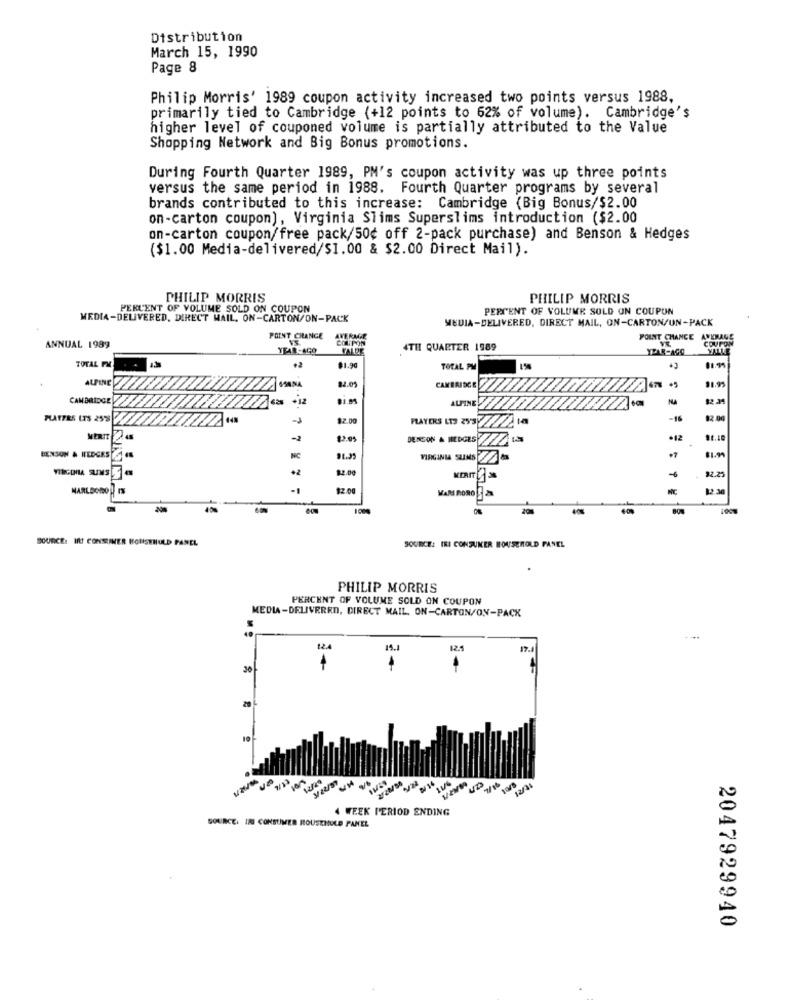
Distribution
March 15, 1990
Page 8
Philip Morris' 1989 coupon activity increased two points versus 1988,
primarily tied to Cambridge (+12 points to 62% of volume). Cambridge's
higher level of couponed volume is partially attributed to the Value
Shopping Network and Big Bonus promotions.
During Fourth Quarter 1989, PM's coupon activity was up three points
versus the same period in 1988. Fourth Quarter programs by several
brands contributed to this increase: Cambridge (Big Bonus/$2.00
on-carton coupon), Virginia Slims Superslims introduction ($2.00
on-carton coupon/free pack/50¢ off 2-pack purchase) and Benson & Hedges
($1.00 Media-delivered/$1.00 & $2.00 Direct Mail).
PHILIP MORRIS
PHILIP MORRIS
PERCENT OF VOLUME SOLD ON COUPON
PERCENT OF VOLUME SOLD ON COUPON
MEDIA-DELIVERED, DIRECT MAIL, ON-CARTON/ON-PACK
MEDIA-DELIVERED, DIRECT MAIL, ON-CARTON/UN-PACK
POINT CHANGE
AVERMAL
COUPON
POINT CHANGE AVERAGE
COUPON
ANNUAL 1989
YEAR-AGO
FALDE
4TH QUARTER 1989
YEAR-AGO
VALLE
TOTAL PM
+2
$1.90
TOTAL
11.99
ALPINE
MANA
82.01
11.91
CAMBRIDGE
CAMBRIDGE
+ iz
$1.81
ALPINE
NA
PLATFES LTS 2538
$2.00
PLAYERS LTS 2Y3
-16
DENSON & MIEDGES
12
91.10
BENSON & HEDGES
NC
VIRGINIA SLIMS
+7
VIRGINIA SUMS
+2
$2.00
-6
92.25
MARLBORO IS
$2.00
12 3
100%
-
SOURCE: Ift CONSEINER HOUSEHOLD
SOURCE: IKI CONSUMER HOUSEHOLD PANEL
PHILIP MORRIS
PERCENT OF VOLUME SOLD ON COUPON
MEDIA-DELIVERED, DIRECT MAIL, ON-CARTON/ON-PACK
40
124
19.1
12.1
30
4 WEEK PERIOD ENDING
SOURCE: IN CONSUMER HOUSEHOLD PANEL
2047929940